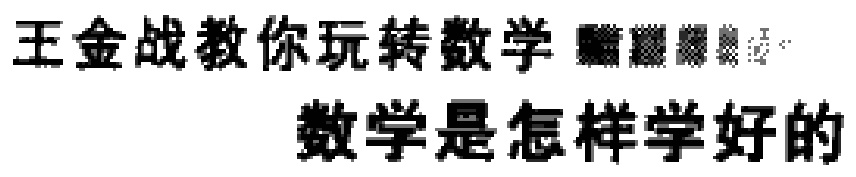
王金战教你玩转数学  数学是怎样学好的